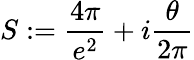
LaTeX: S:=\frac{4\pi}{e^{2}}+i\frac{\theta}{2\pi}